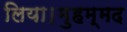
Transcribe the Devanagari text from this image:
लिया।मुहम्मद